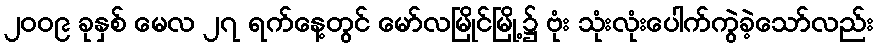
၂၀၀၉ ခုနှစ် မေလ ၂၇ ရက်နေ့တွင် မော်လမြိုင်မြို့၌ ဗုံး သုံးလုံးပေါက်ကွဲခဲ့သော်လည်း